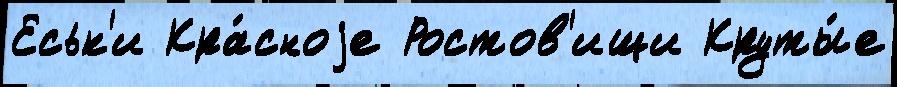
Еськ'и Кра́сноjе Ростов'ищи Круты́е